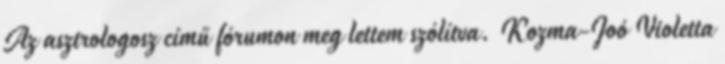
Az asztrologosz című fórumon meg lettem szólítva. Kozma-Joó Violetta